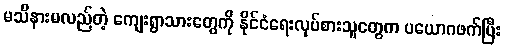
မသိနားမလည်တဲ့ ကျေးရွာသားတွေကို နိုင်ငံရေးလုပ်စားသူတွေက ပယောဂဖက်ပြီး